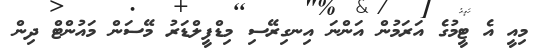
މިއީ އެ ޓީމުގެ އަރަމުން އަންނަ އިނގިރޭސި މިޑްފީލްޑަރު މޭސަން މައުންޓް ދިން